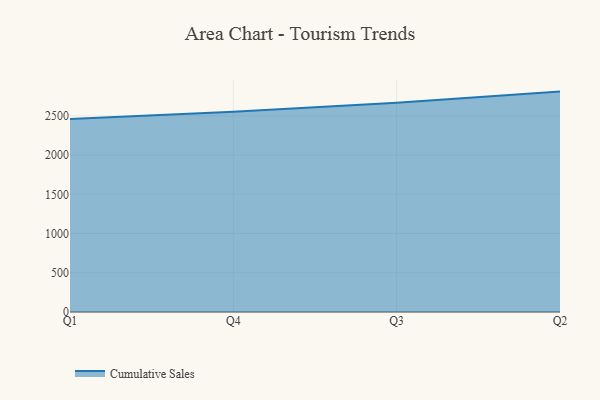
{"axis": {"x": "Quarter", "y": "Net Income (USD K)"}, "legend": ["Cumulative Sales"], "data": [{"x": "Q1", "y": 2459.1, "type": "Cumulative Sales"}, {"x": "Q4", "y": 2553.6, "type": "Cumulative Sales"}, {"x": "Q3", "y": 2666.1, "type": "Cumulative Sales"}, {"x": "Q2", "y": 2809.2, "type": "Cumulative Sales"}]}